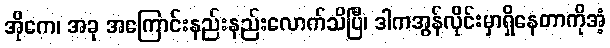
အိုကေ၊ အခု အကြောင်းနည်းနည်းလောက်သိပြီ၊ ဒါကအွန်လိုင်းမှာရှိနေတာကိုအံ့